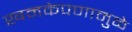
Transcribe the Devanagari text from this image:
खमकेपणामुळे